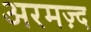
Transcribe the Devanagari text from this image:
अरमज़्द